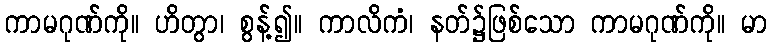
ကာမဂုဏ်ကို။ ဟိတွာ၊ စွန့်၍။ ကာလိကံ၊ နတ်၌ဖြစ်သော ကာမဂုဏ်ကို။ မာ